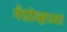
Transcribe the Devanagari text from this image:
मँग्रोव्हच्या